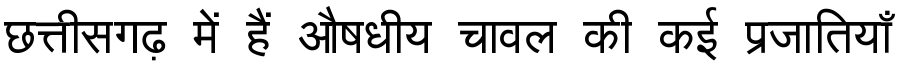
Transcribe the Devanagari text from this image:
छत्तीसगढ़ में हैं औषधीय चावल की कई प्रजातियाँ